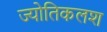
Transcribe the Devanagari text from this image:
ज्योतिकलश